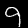
Digit: 9